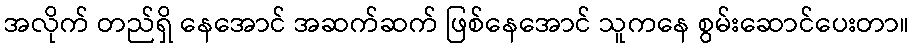
အလိုက် တည်ရှိ နေအောင် အဆက်ဆက် ဖြစ်နေအောင် သူကနေ စွမ်းဆောင်ပေးတာ။